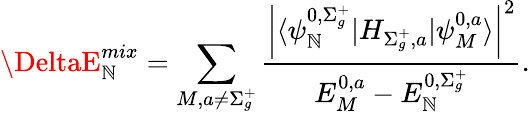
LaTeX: \DeltaE_{\mathbb{N}}^{mix}=\sum_{M,a\neq\Sigma_{g}^{+}}\frac{{\left|\langle\psi_{\mathbb{N}}^{0,\Sigma_{g}^{+}}|H_{\Sigma_{g}^{+},a}|\psi_{M}^{0,a}\rangle\right|^{2}}}{{E_{M}^{0,a}-E_{\mathbb{N}}^{0,\Sigma_{g}^{+}}}}.